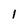
Character: l